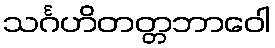
သင်္ဂဟိတတ္တဘာဝေါ